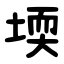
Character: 堧